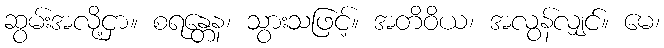
ဆွမ်းအလို့ငှာ။ စရန္တေန၊ သွားသဖြင့်။ အတိဝိယ၊ အလွန်လျှင်။ မေ၊